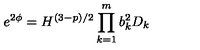
e ^ { 2 \phi } = H ^ { ( 3 - p ) / 2 } \prod _ { k = 1 } ^ { m } b _ { k } ^ { 2 } D _ { k }